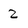
Character: 2